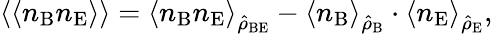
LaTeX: \left\langle\langle n_{\mathrm{B}}n_{\mathrm{E}}\right\rangle\rangle=\left\langle{n}_{\mathrm{B}}{n}_{\mathrm{E}}\right\rangle_{\hat{\rho}_{\mathrm{BE}}}-\left\langle{n}_{\mathrm{B}}\right\rangle_{\hat{\rho}_{\mathrm{B}}}\cdot\left\langle{n}_{\mathrm{E}}\right\rangle_{\hat{\rho}_{\mathrm{E}}},